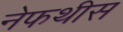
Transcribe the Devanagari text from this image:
नेफथीस